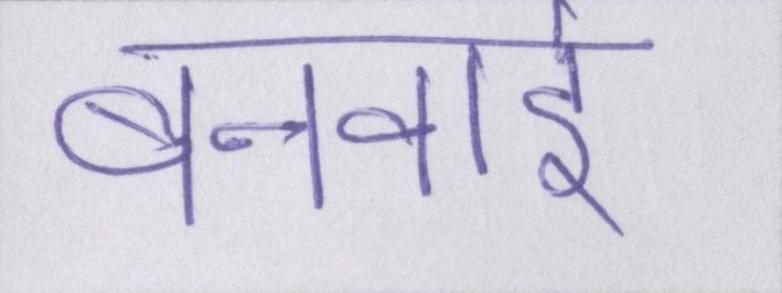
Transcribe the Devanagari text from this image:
बनवाई